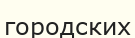
городских